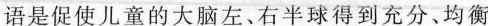
语是促使儿童的大脑左、石半球得到充分、均衡